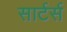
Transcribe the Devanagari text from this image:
सार्टर्स